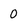
Character: 0